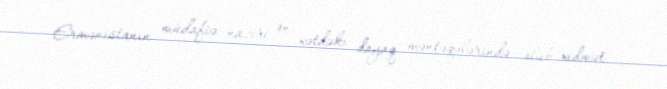
Ermənistanın müdafiə naziri ön xətdəki dayaq məntəqələrində olub, xidmət